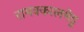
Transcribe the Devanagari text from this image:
रामक्कालमेडू